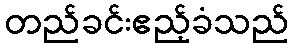
တည်ခင်းဧည့်ခံသည်